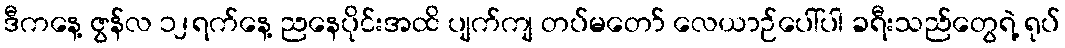
ဒီကနေ့ ဇွန်လ ၁၂ရက်နေ့ ညနေပိုင်းအထိ ပျက်ကျ တပ်မတော် လေယာဉ်ပေါ်ပါ ခရီးသည်တွေရဲ့ ရုပ်